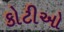
કોટીઓ